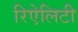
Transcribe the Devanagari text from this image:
रिऐलिटी